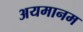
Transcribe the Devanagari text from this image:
अयमानम